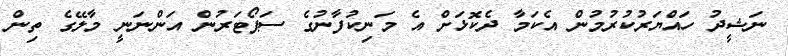
ނަޝީދު ހައްޔަރުކުރުމުން އެކަމާ ދެކޮޅަށް އެ މަނިކުފާނުގެ ސަޕޯޓަރުން އަންނަނީ މާލޭގެ ތިން